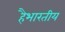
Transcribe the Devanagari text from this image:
हैभारतीय